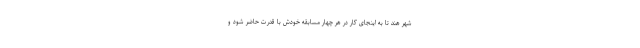
شهر هند تا به اینجای کار در هر چهار مسابقه خودش با قدرت حاضر شود و